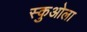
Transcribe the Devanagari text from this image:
स्कुओला